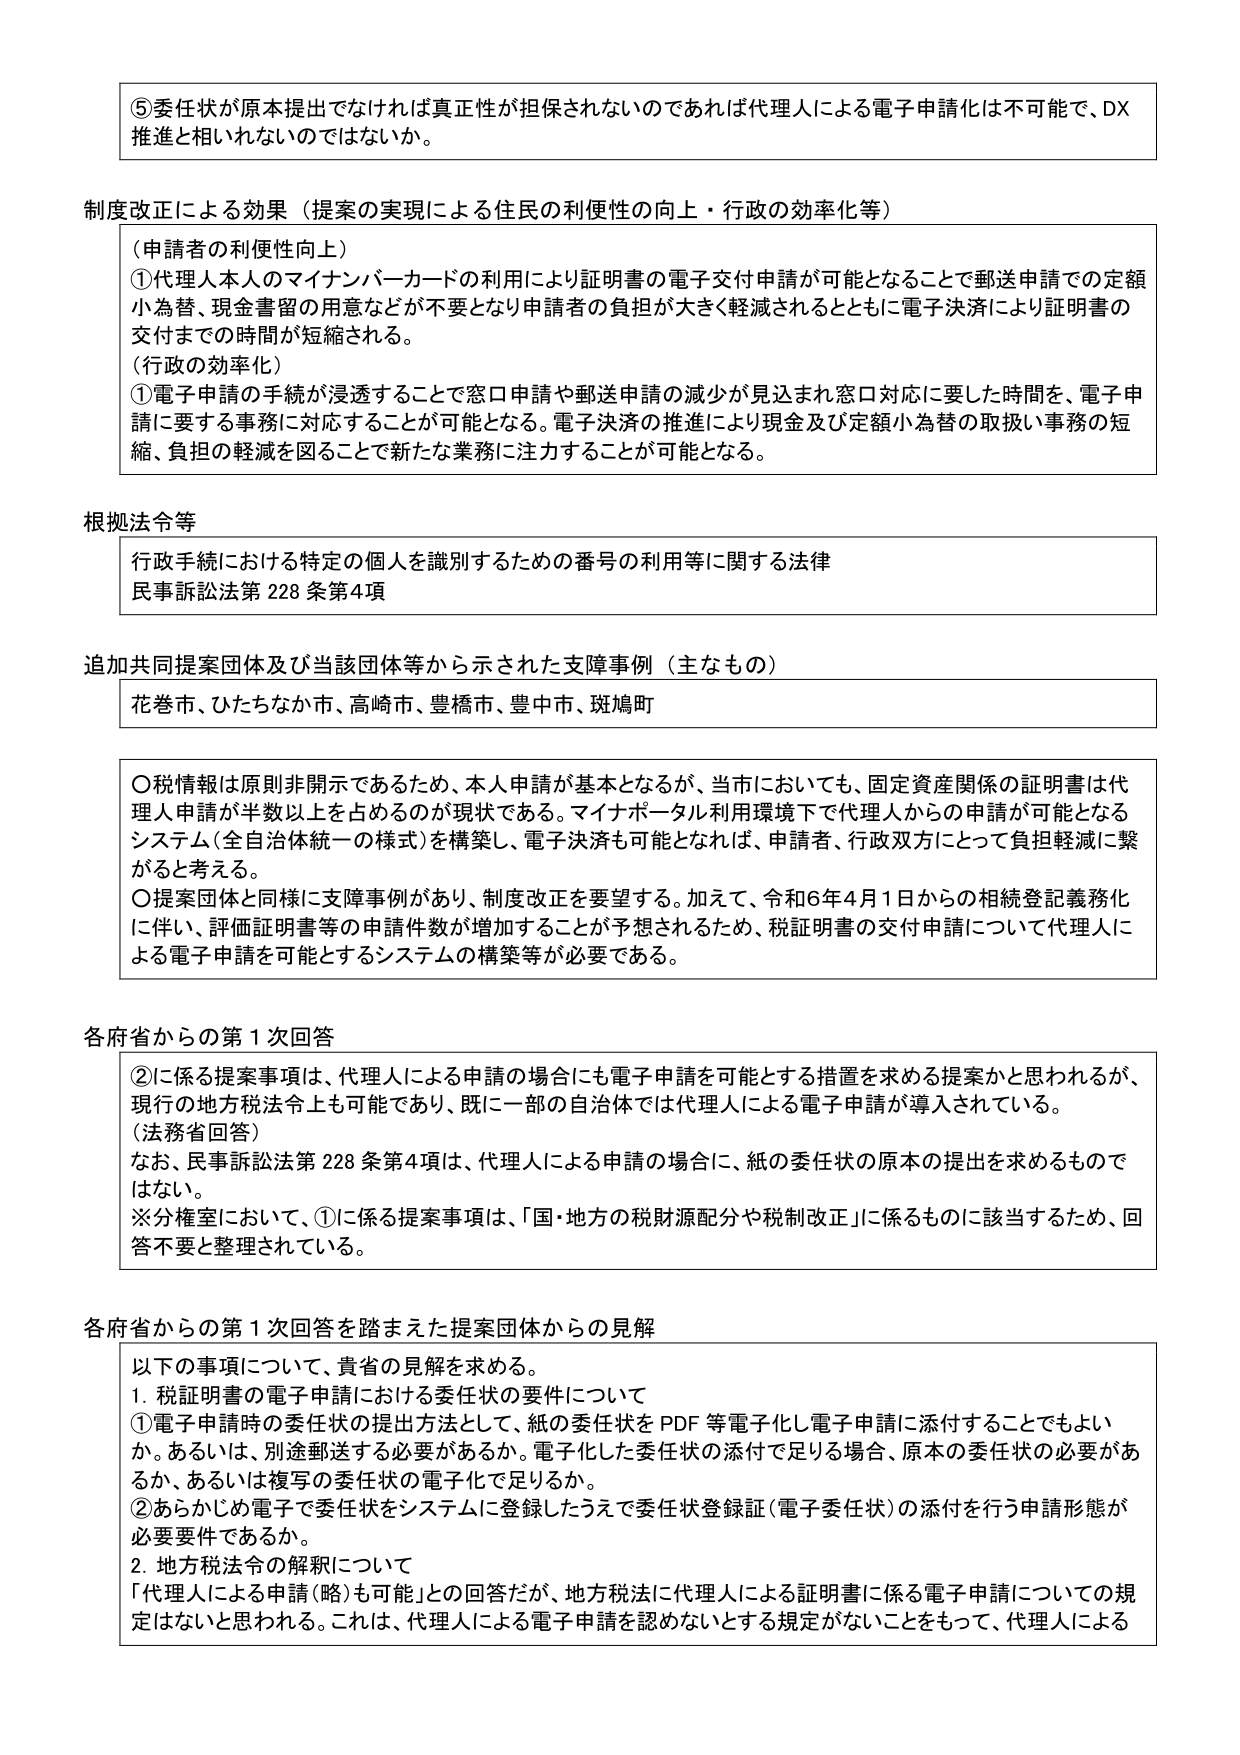
⑤委任状が原本提出でなければ真正性が担保されないのであれば代理人による電子申請化は不可能で、DX推進と相いれないのではないか。

制度改正による効果（提案の実現による住民の利便性の向上・行政の効率化等）
（申請者の利便性向上）
①代理人本人のマイナンバーカードの利用により証明書の電子交付申請が可能となることで郵送申請での定額小為替、現金書留の用意などが不要となり申請者の負担が大きく軽減されるとともに電子決済により証明書の交付までの時間が短縮される。
（行政の効率化）
①電子申請の手続が浸透することで窓口申請や郵送申請の減少が見込まれ窓口対応に要した時間を、電子申請に要する事務に対応することが可能となる。電子決済の推進により現金及び定額小為替の取扱い事務の短縮、負担の軽減を図ることで新たな業務に注力することが可能となる。

根拠法令等
行政手続における特定の個人を識別するための番号の利用等に関する法律
民事訴訟法第228条第4項

追加共同提案団体及び当該団体等から示された支障事例（主なもの）
花巻市、ひたちなか市、高崎市、豊橋市、豊中市、斑鳩町

〇税情報は原則非開示であるため、本人申請が基本となるが、当市においても、固定資産関係の証明書は代理人申請が半数以上を占めるのが現状である。マイナポータル利用環境下で代理人からの申請が可能となるシステム（全自治体統一の様式）を構築し、電子決済も可能となれば、申請者、行政双方にとって負担軽減に繋がると考える。
〇提案団体と同様に支障事例があり、制度改正を要望する。加えて、令和6年4月1日からの相続登記義務化に伴い、評価証明書等の申請件数が増加することが予想されるため、税証明書の交付申請について代理人による電子申請を可能とするシステムの構築等が必要である。

各府省からの第1次回答
②に係る提案事項は、代理人による申請の場合にも電子申請を可能とする措置を求める提案かと思われるが、現行の地方税法令上も可能であり、既に一部の自治体では代理人による電子申請が導入されている。
（法務省回答）
なお、民事訴訟法第228条第4項は、代理人による申請の場合に、紙の委任状の原本の提出を求めるものではない。
※分権室において、①に係る提案事項は、「国・地方の税財源配分や税制改正」に係るものに該当するため、回答不要と整理されている。

各府省からの第1次回答を踏まえた提案団体からの見解
以下の事項について、貴省の見解を求める。
1. 税証明書の電子申請における委任状の要件について
①電子申請時の委任状の提出方法として、紙の委任状をPDF等電子化し電子申請に添付することでもよいか。あるいは、別途郵送する必要があるか。電子化した委任状の添付で足りる場合、原本の委任状の必要があるか、あるいは複写の委任状の電子化で足りるか。
②あらかじめ電子で委任状をシステムに登録したうえで委任状登録証（電子委任状）の添付を行う申請形態が必要要件であるか。
2. 地方税法令の解釈について
「代理人による申請（略）も可能」との回答だが、地方税法に代理人による証明書に係る電子申請についての規定はないと思われる。これは、代理人による電子申請を認めないとする規定がないことをもって、代理人による